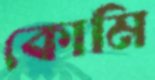
কোমি